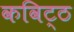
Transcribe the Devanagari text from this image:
कविट्ठ